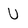
Character: U